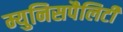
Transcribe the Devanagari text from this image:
म्युनिसपैलिटी